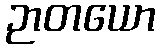
ဉာတယော